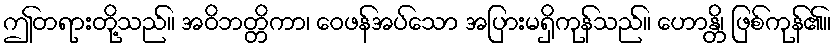
ဤတရားတို့သည်။ အဝိဘတ္တိကာ၊ ဝေဖန်အပ်သော အပြားမရှိကုန်သည်။ ဟောန္တိ၊ ဖြစ်ကုန်၏။